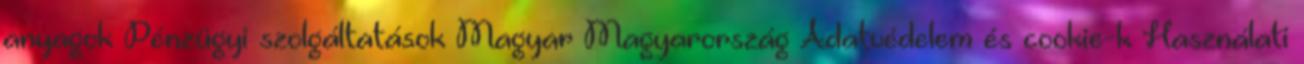
anyagok Pénzügyi szolgáltatások Magyar Magyarország Adatvédelem és cookie-k Használati